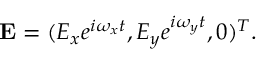
\mathbf { E } = ( E _ { x } e ^ { i \omega _ { x } t } , E _ { y } e ^ { i \omega _ { y } t } , 0 ) ^ { T } .